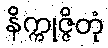
နိက္ကုဇ္ဇိတုံ